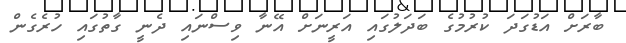
ބާރަށް އަޑުގަދަ ކުރުމުގެ ބަދަލުގައި އަރީނަށް އޭނާ ވިސްނައި ދެނީ ގާތުގައި ހުރެގެން